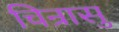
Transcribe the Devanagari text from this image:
चिन्रासु